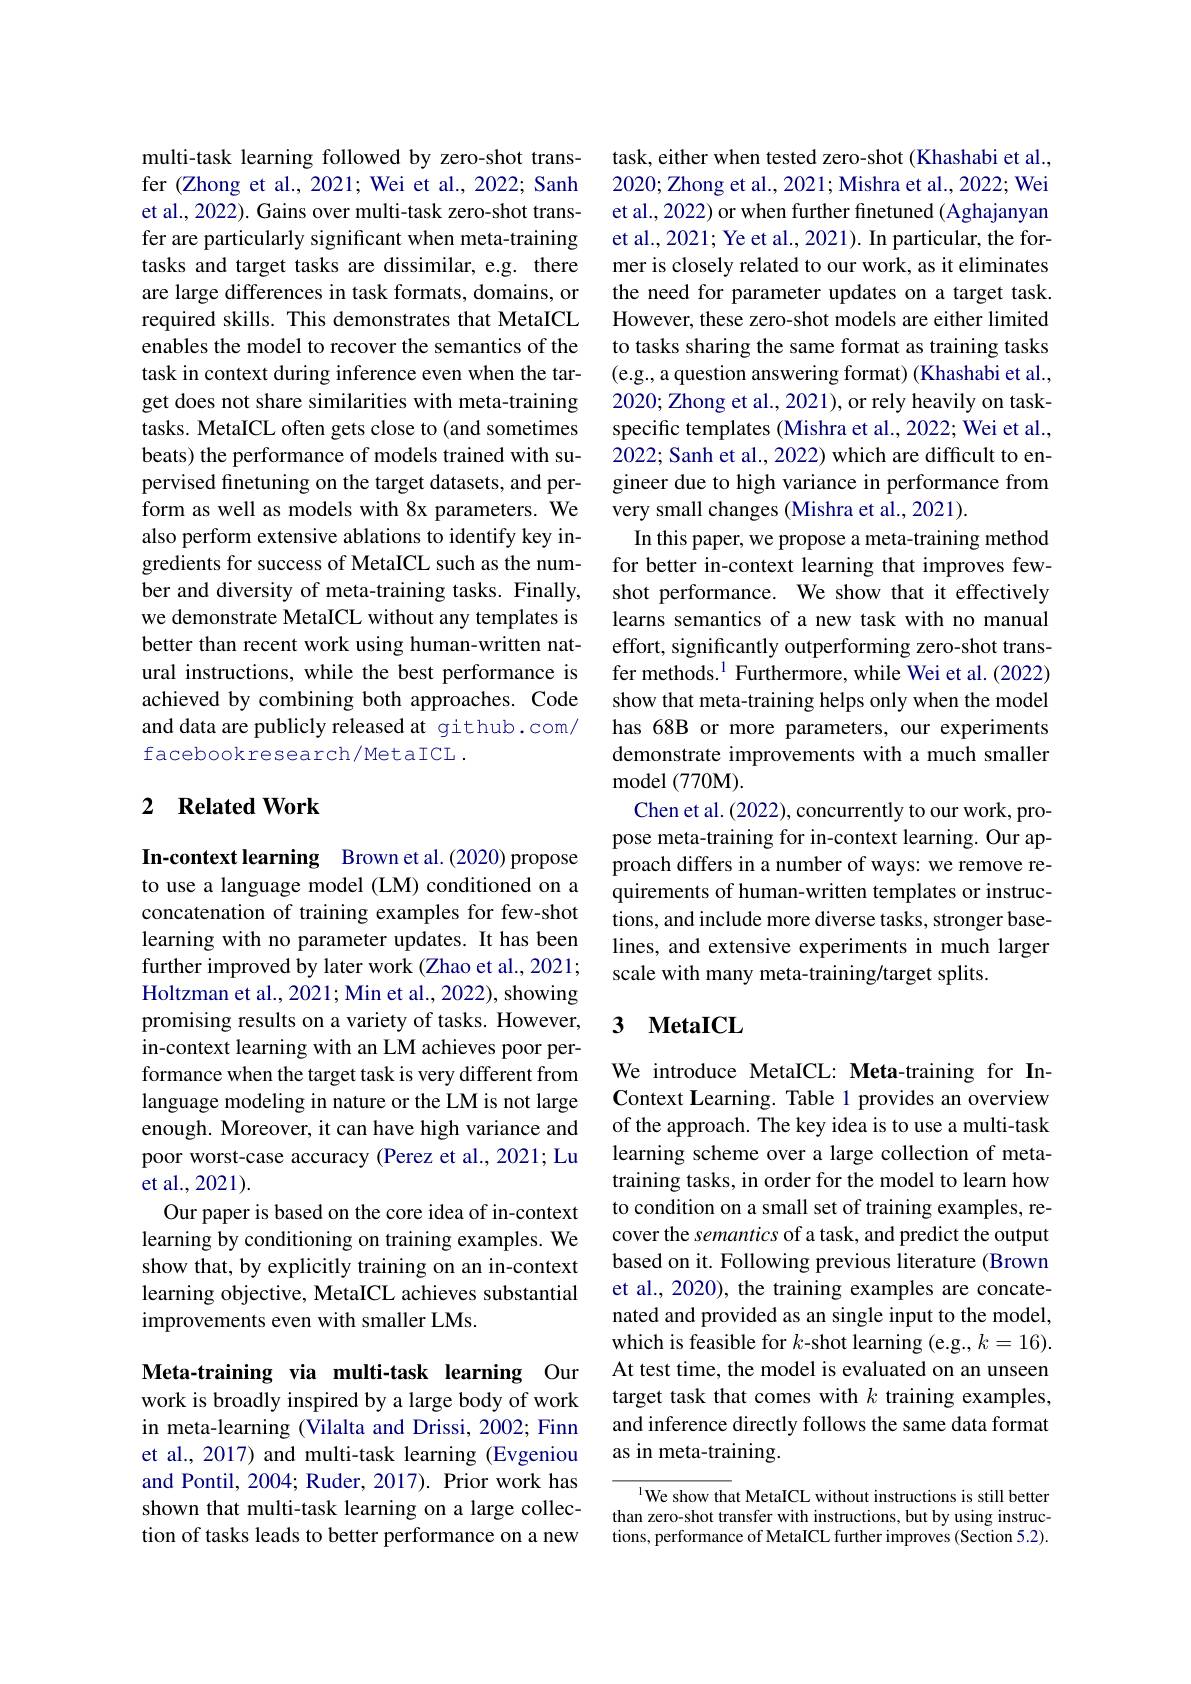
multi-task learning followed by zero-shot transfer (Zhong et al., 2021; Wei et al., 2022; Sanh et al., 2022). Gains over multi-task zero-shot transfer are particularly significant when meta-training tasks and target tasks are dissimilar, e.g. there are large differences in task formats, domains, or required skills. This demonstrates that MetaICL enables the model to recover the semantics of the task in context during inference even when the target does not share similarities with meta-training tasks. MetaICL often gets close to (and sometimes beats) the performance of models trained with supervised finetuning on the target datasets, and perform as well as models with 8x parameters. We also perform extensive ablations to identify key ingredients for success of MetaICL such as the number and diversity of meta-training tasks. Finally, we demonstrate MetaICL without any templates is better than recent work using human-written natural instructions, while the best performance is achieved by combining both approaches. Code and data are publicly released at github.com/ facebookresearch/MetaICL .

## 2 $\textbf{Related Work}$

In-context learning Brown et al.(2020) propose to use a language model (LM) conditioned on a concatenation of training examples for few-shot learning with no parameter updates. It has been further improved by later work (Zhao et al., 2021; Holtzman et al., 2021; Min et al., 2022), showing promising results on a variety of tasks. However, in-context learning with an LM achieves poor performance when the target task is very different from language modeling in nature or the LM is not large enough. Moreover, it can have high variance and poor worst-case accuracy (Perez et al., 2021; Lu et al., 2021).
Our paper is based on the core idea of in-context learning by conditioning on training examples. We show that, by explicitly training on an in-context learning objective, MetaICL achieves substantial improvements even with smaller LMs.

Meta-training via multi-task learning Our

work is broadly inspired by a large body of work in meta-learning (Vilalta and Drissi, 2002; Finn et al., 2017) and multi-task learning (Evgeniou and Pontil, 2004; Ruder, 2017). Prior work has shown that multi-task learning on a large collection of tasks leads to better performance on a new

task, either when tested zero-shot (Khashabi et al., 2020; Zhong et al., 2021; Mishra et al., 2022; Wei et al., 2022) or when further finetuned (Aghajanyan et al., 2021; Ye et al., 2021). In particular, the former is closely related to our work, as it eliminates the need for parameter updates on a target task. However, these zero-shot models are either limited to tasks sharing the same format as training tasks (e.g., a question answering format) (Khashabi et al., 2020; Zhong et al., 2021), or rely heavily on taskspecific templates (Mishra et al., 2022; Wei et al., 2022; Sanh et al., 2022) which are difficult to engineer due to high variance in performance from very small changes (Mishra et al., 2021).
In this paper, we propose a meta-training method for better in-context learning that improves fewshot performance. We show that it effectively learns semantics of a new task with no manual effort, significantly outperforming zero-shot transfer methods.$^1$ Furthermore, while Wei et al.(2022) show that meta-training helps only when the model has 68B or more parameters, our experiments demonstrate improvements with a much smaller model (770M).
Chen et al. (2022), concurrently to our work, propose meta-training for in-context learning. Our approach differs in a number of ways: we remove requirements of human-written templates or instructions, and include more diverse tasks, stronger baselines, and extensive experiments in much larger scale with many meta-training/target splits.

### 3 $\textbf{MetaICL}$

We introduce MetaICL: Meta-training for InContext Learning. Table l provides an overview of the approach. The key idea is to use a multi-task learning scheme over a large collection of metatraining tasks, in order for the model to learn how to condition on a small set of training examples, recover the semantics of a task, and predict the output based on it. Following previous literature (Brown et al., 2020), the training examples are concatenated and provided as an single input to the model, which is feasible for $k$-shot learning (e.g., $k=16).$ At test time, the model is evaluated on an unseen target task that comes with $k$ training examples, and inference directly follows the same data format as in meta-training.

1We show that MetaICL without instructions is still better than zero-shot transfer with instructions, but by using instructions, performance of MetaICL further improves (Section 5.2).